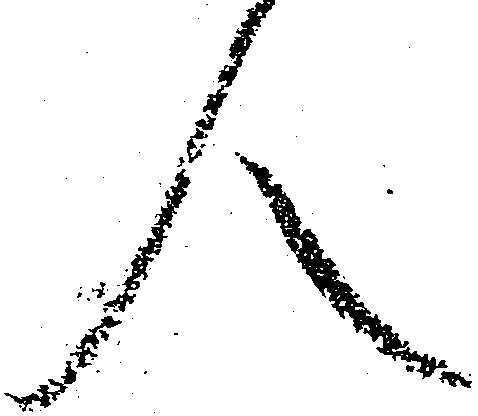
人